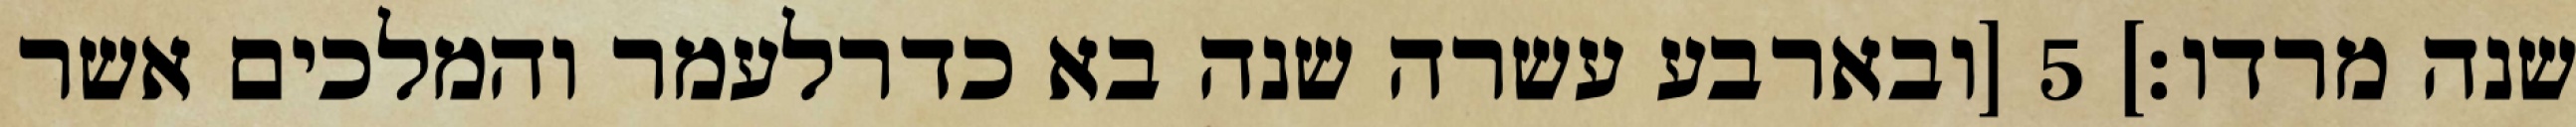
שנה מרדו׃] ‎5‏ [ובארבע עשרה שנה בא כדרלעמר והמלכים אשר